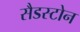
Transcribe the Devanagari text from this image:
सैडस्टोन